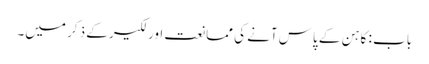
باب : کاہن کے پاس آنے کی ممانعت اور لکیر کے ذکر میں۔